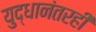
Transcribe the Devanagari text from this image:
युद्धानंतरही